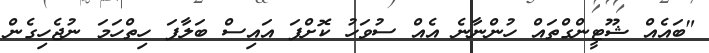
"ބައެއް ޝޫޓީންގްތައް ހުންނާނެ އެއް ސުވަހު ކޮށްފަ އައިސް ބަލާފަ ހިތްހަމަ ނުޖެހިގެން